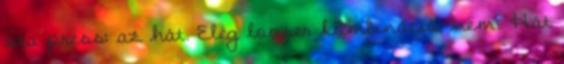
sta press: az hát. Elég looser kombináció, nem? Hát